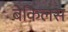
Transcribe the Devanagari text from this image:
बेकिलस